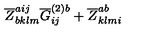
\overline { { Z } } _ { b k l m } ^ { a i j } \overline { { G } } _ { i j } ^ { ( 2 ) b } + \overline { { Z } } _ { k l m i } ^ { a b }